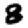
Digit: 8